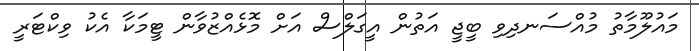
މައުލޫމާތު މުއްސަނދިވި ބީޖީ އަތުން އީގަލްސް އަށް މޮޅެއްޒުވާން ޓީމަކާ އެކު ވިކްޓަރީ